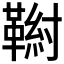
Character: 𩋰